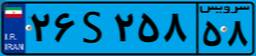
۹۱S۶۳۷۲۱